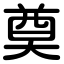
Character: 奠